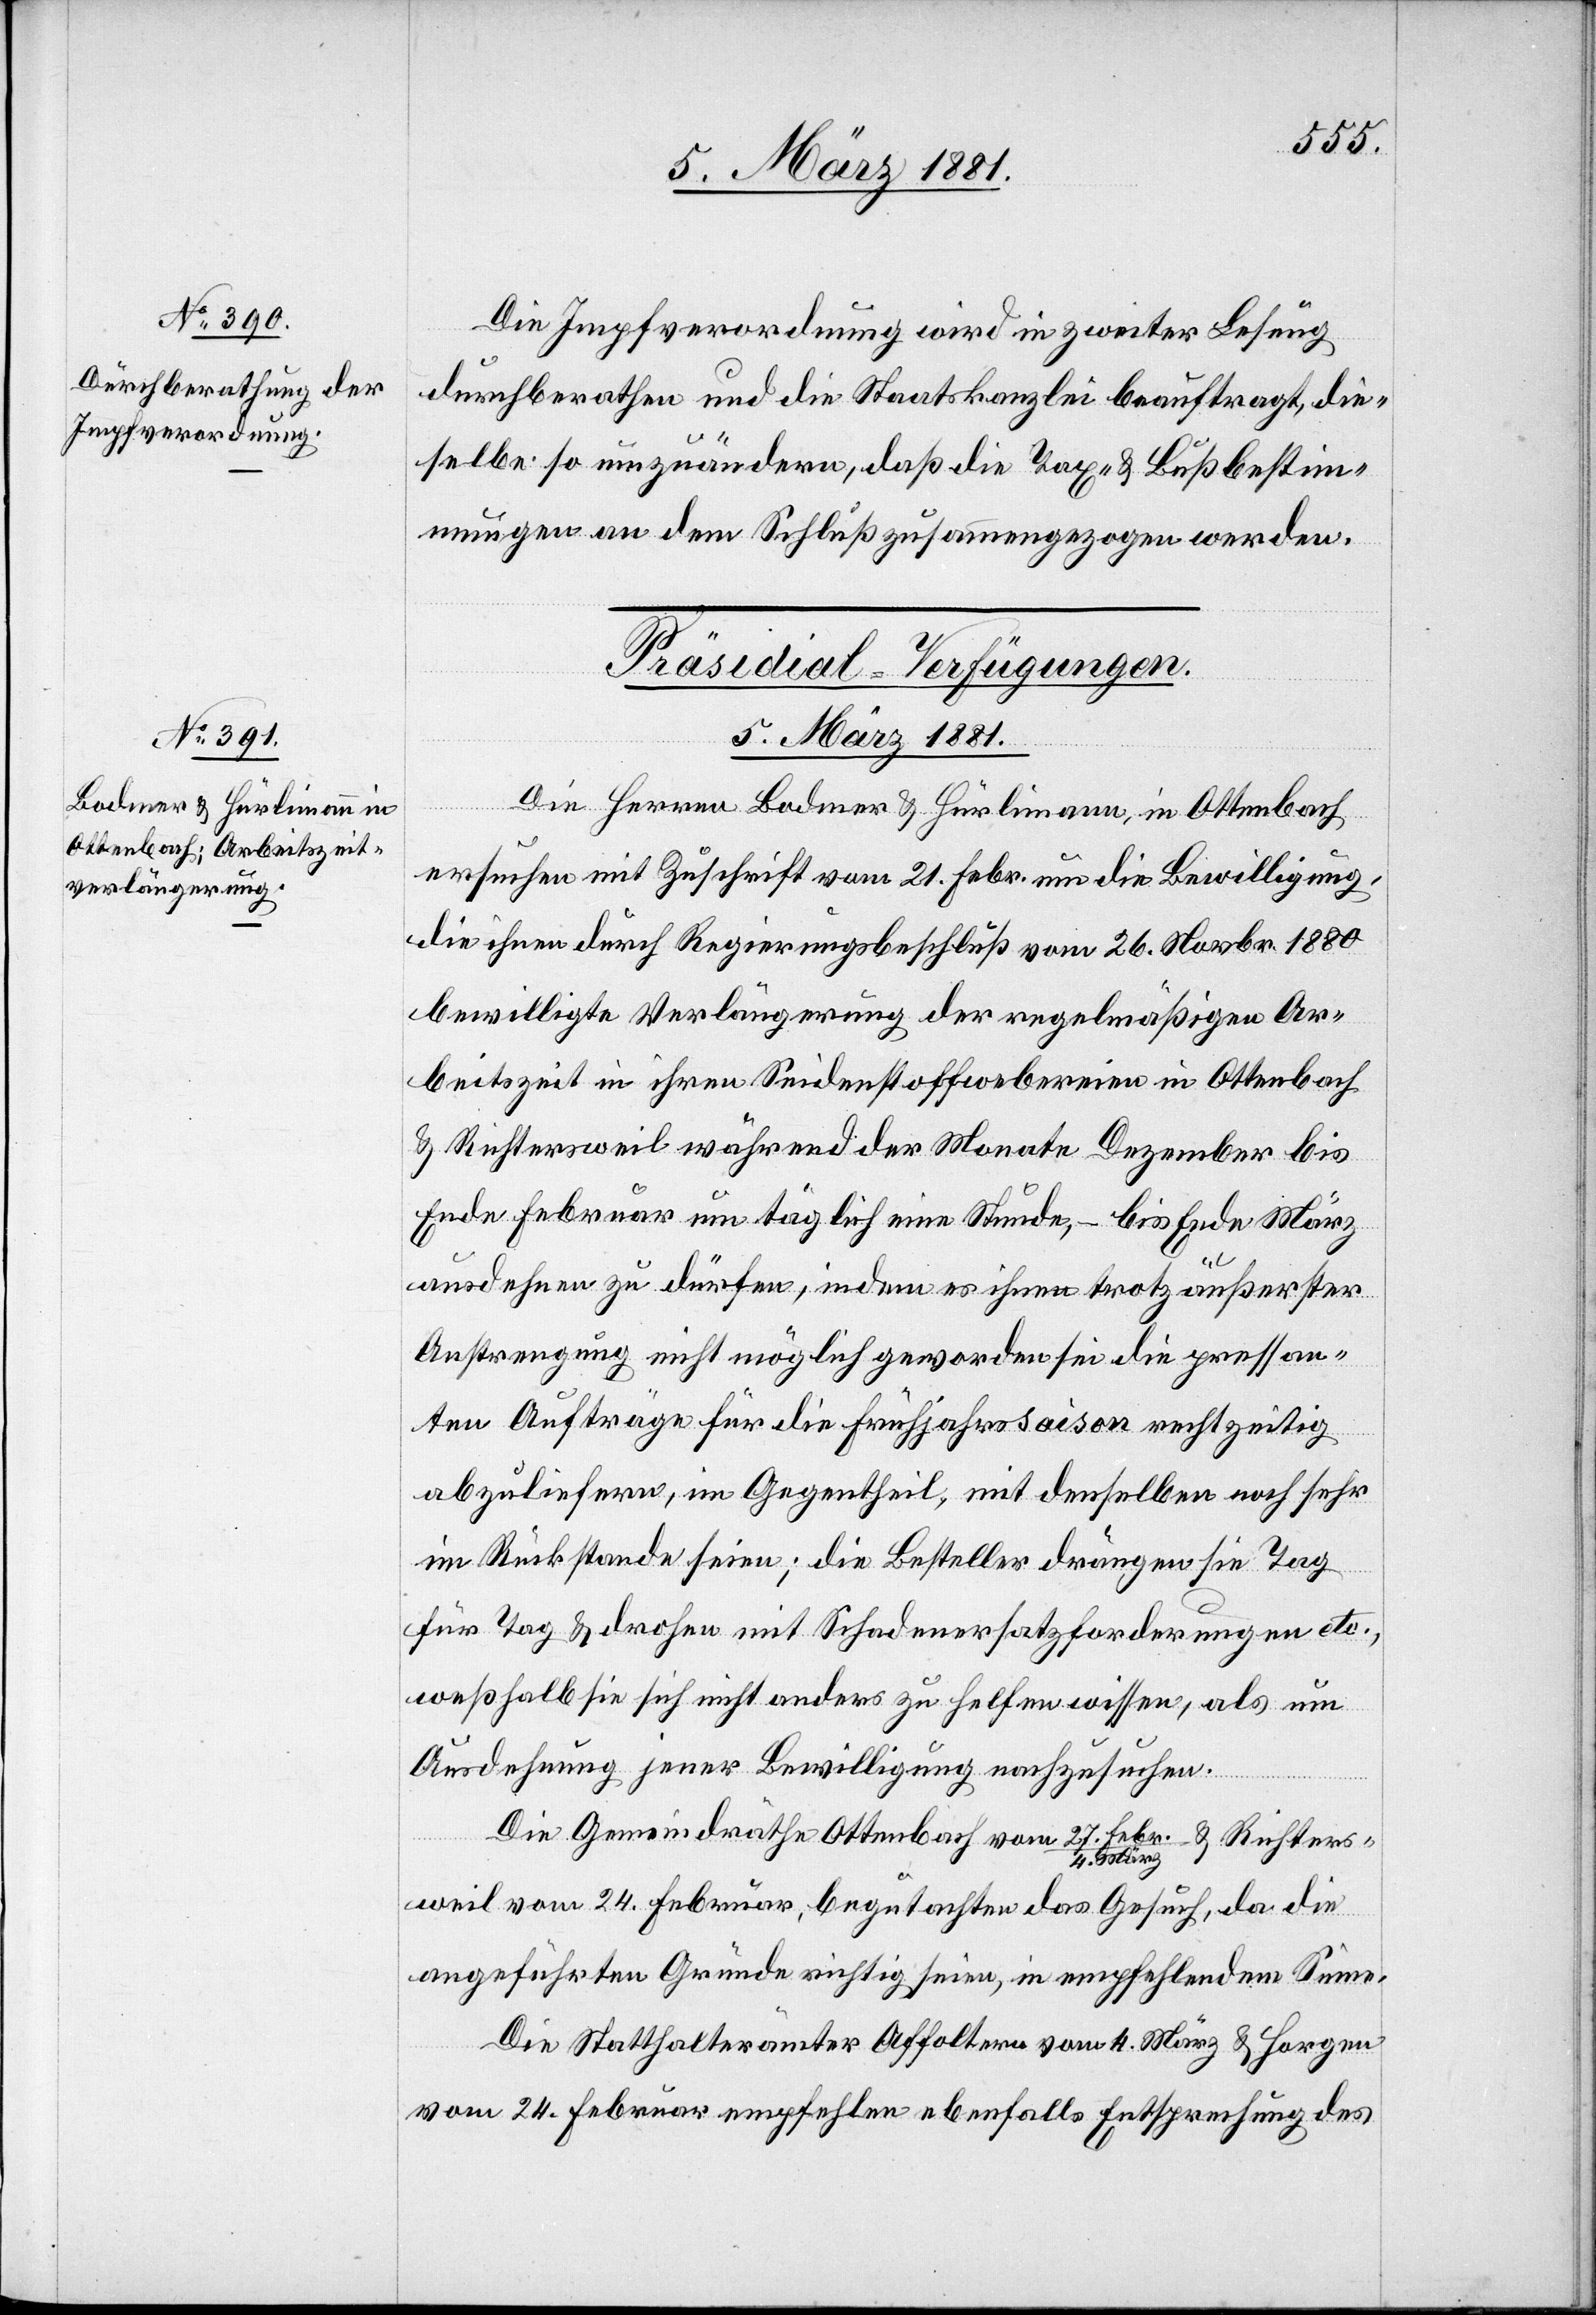
Die Impfverordnung wird in zweiter Lesung
durchberathen und die Staatskanzlei beauftragt, die¬
selbe so umzuändern, daß die Tax- & Bußbestim¬
mungen an dem Schluß zusammengezogen werden.
Präsidial-Verfügungen.
5. März 1881.
Die Herren Bodmer & Hürlimann, in Ottenbach
ersuchen mit Zuschrift vom 21. Febr. um die Bewilligung
die ihnen durch Regierungsbeschluß vom 26. Novbr. 1880
bewilligte Verlängerung der regelmäßigen Ar¬
beitszeit in ihren Seidenstoffwebereien in Ottenbach
& Richtersweil während der Monate Dezember bis
Ende Februar um täglich eine Stunde, – bis Ende März
ausdehnen zu dürfen, indem es ihnen trotz äußerster
Anstrengung nicht möglich geworden sei die pressan¬
ten Aufträge für die Frühjahrssaison rechtzeitig
abzuliefern, im Gegentheil, mit denselben noch sehr
im Rückstande seien; die Besteller drängen sie Tag
für Tag & drohen mit Schadenersatzforderungen etc.,
weßhalb sie sich nicht anders zu helfen wissen, als um
Ausdehnung jener Bewilligung nachzusuchen.
Die Gemeindräthe Ottenbach von 27. Febr./4. März & Richters¬
weil vom 24. Februar, begutachten das Gesuch, da die
angeführten Gründe richtig seien, in empfehlendem Sinne.
Die Statthalterämter Affoltern vom 4. März & Horgen
vom 24. Februar empfehlen ebenfalls Entsprechung des